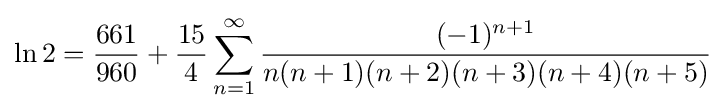
\ln 2={\frac {661}{960}}+{\frac {15}{4}}\sum _{n=1}^{\infty }{\frac {(-1)^{n+1}}{n(n+1)(n+2)(n+3)(n+4)(n+5)}}